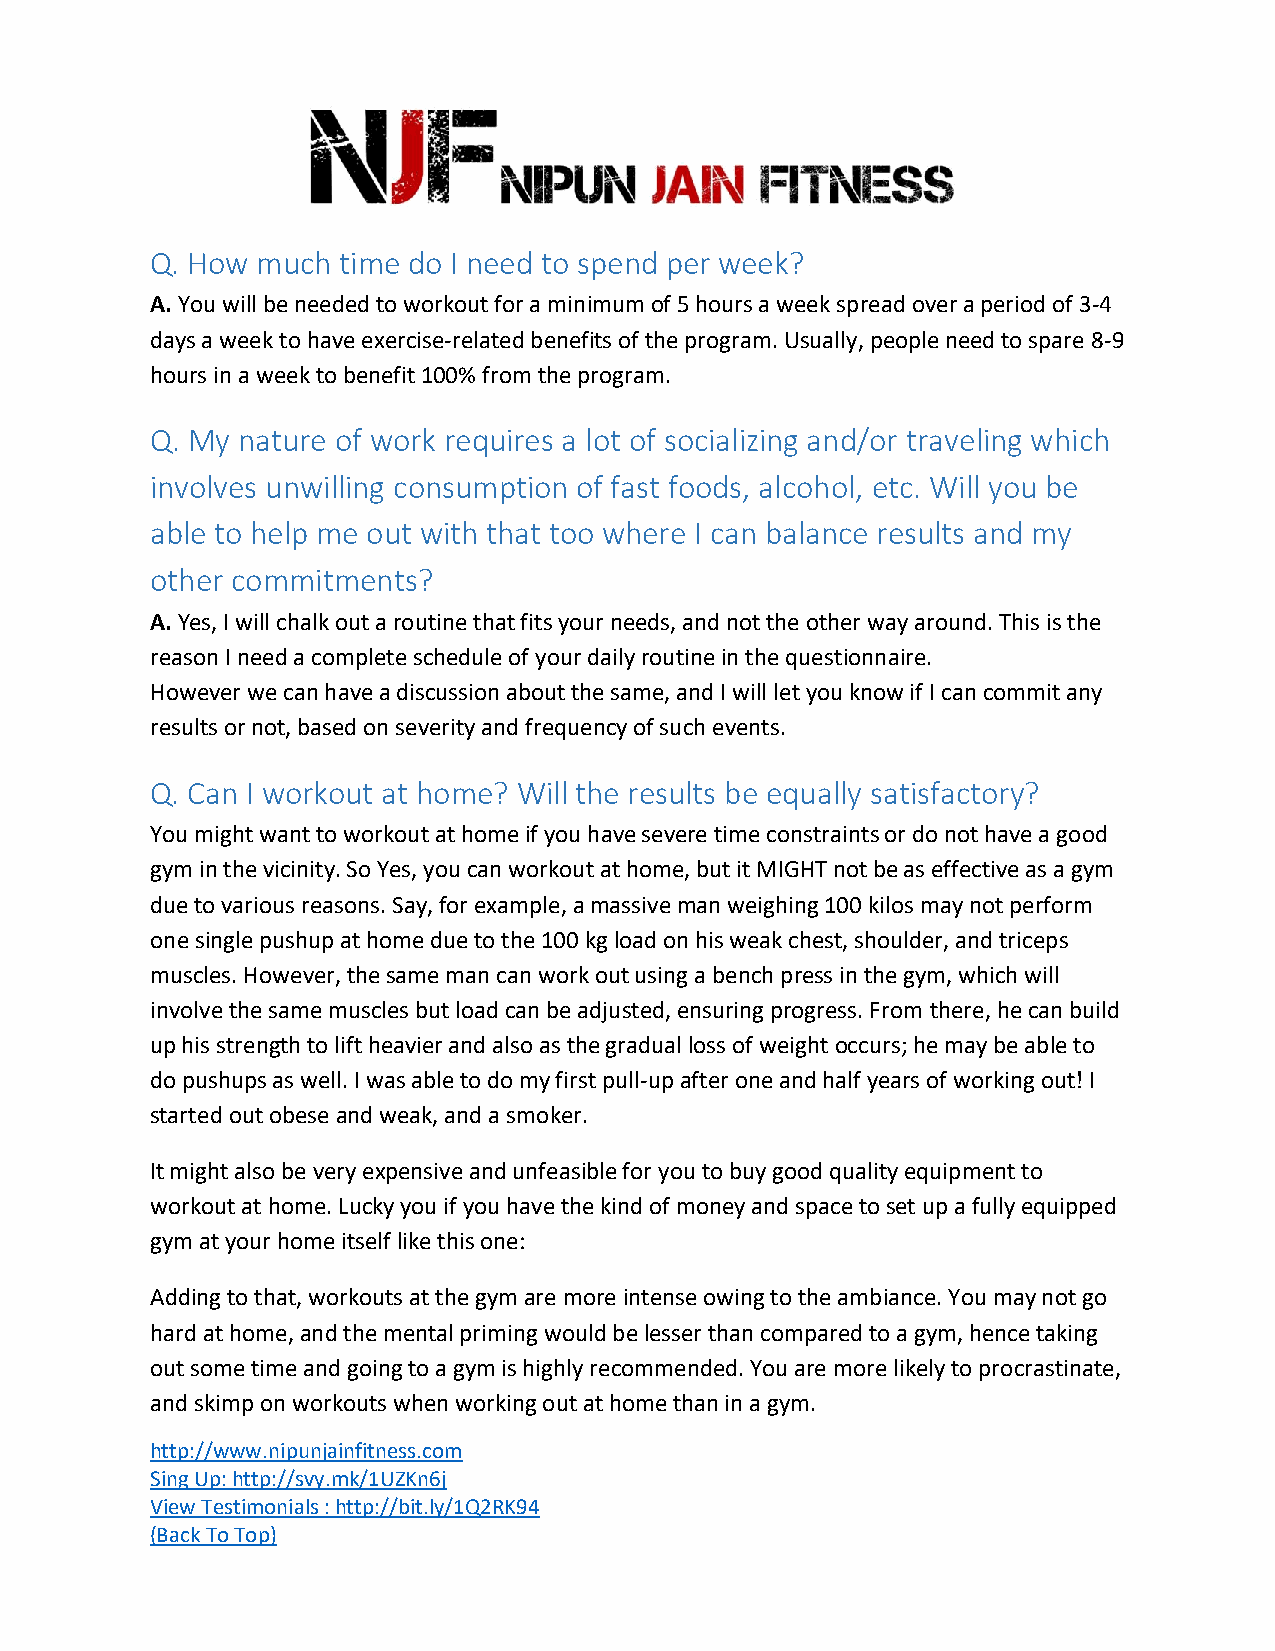
Q. How much time do I need to spend per week?
 A. You will be needed to workout for a minimum of 5 hours a week spread over a period of 3-4
 days a week to have exercise-related benefits of the program. Usually, people need to spare 8-9
 hours in a week to benefit 100% from the program.
 Q. My nature of work requires a lot of socializing and/or traveling which
 involves unwilling consumption of fast foods, alcohol, etc. Will you be
 able to help me out with that too where I can balance results and my
 other commitments?
 A. Yes, I will chalk out a routine that fits your needs, and not the other way around. This is the
 reason I need a complete schedule of your daily routine in the questionnaire.
 However we can have a discussion about the same, and I will let you know if I can commit any
 results or not, based on severity and frequency of such events.
 Q. Can I workout at home? Will the results be equally satisfactory?
 You might want to workout at home if you have severe time constraints or do not have a good
 gym in the vicinity. So Yes, you can workout at home, but it MIGHT not be as effective as a gym
 due to various reasons. Say, for example, a massive man weighing 100 kilos may not perform
 one single pushup at home due to the 100 kg load on his weak chest, shoulder, and triceps
 muscles. However, the same man can work out using a bench press in the gym, which will
 involve the same muscles but load can be adjusted, ensuring progress. From there, he can build
 up his strength to lift heavier and also as the gradual loss of weight occurs; he may be able to
 do pushups as well. I was able to do my first pull-up after one and half years of working out! I
 started out obese and weak, and a smoker.
 It might also be very expensive and unfeasible for you to buy good quality equipment to
 workout at home. Lucky you if you have the kind of money and space to set up a fully equipped
 gym at your home itself like this one:
 Adding to that, workouts at the gym are more intense owing to the ambiance. You may not go
 hard at home, and the mental priming would be lesser than compared to a gym, hence taking
 out some time and going to a gym is highly recommended. You are more likely to procrastinate,
 and skimp on workouts when working out at home than in a gym.
 http://www.nipunjainfitness.com
 Sing Up: http://svy.mk/1UZKn6j
 View Testimonials : http://bit.ly/1Q2RK94
 (Back To Top)